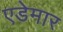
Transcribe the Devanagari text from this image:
एडेमार